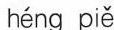
héng piě